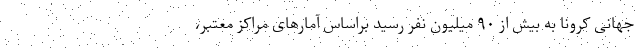
جهانی کرونا به بیش از ۹۰ میلیون نفر رسید براساس آمارهای مراکز معتبر،